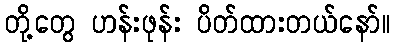
တို့တွေ ဟန်းဖုန်း ပိတ်ထားတယ်နော်။